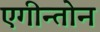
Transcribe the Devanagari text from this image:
एगीन्तोन